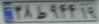
۳۸ط۹۴۴۱۹